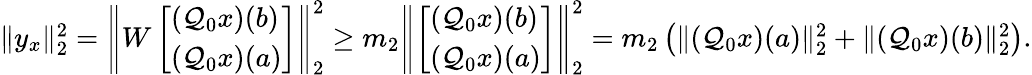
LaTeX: \begin{array}{r}{\| y_{x}\| _{2}^{2}=\left\| W\left[\begin{array}{l}{(\mathcal{Q}_{0}x)(b)}\\ {(\mathcal{Q}_{0}x)(a)}\end{array}\right]\right\| _{2}^{2}\geq m_{2}\left\| \left[\begin{array}{l}{(\mathcal{Q}_{0}x)(b)}\\ {(\mathcal{Q}_{0}x)(a)}\end{array}\right]\right\| _{2}^{2}=m_{2}\left(\| (\mathcal{Q}_{0}x)(a)\| _{2}^{2}+\| (\mathcal{Q}_{0}x)(b)\| _{2}^{2}\right).}\end{array}